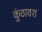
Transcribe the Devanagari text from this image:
कुंठावश